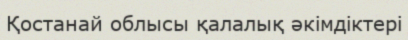
Қостанай облысы қалалық әкімдіктері